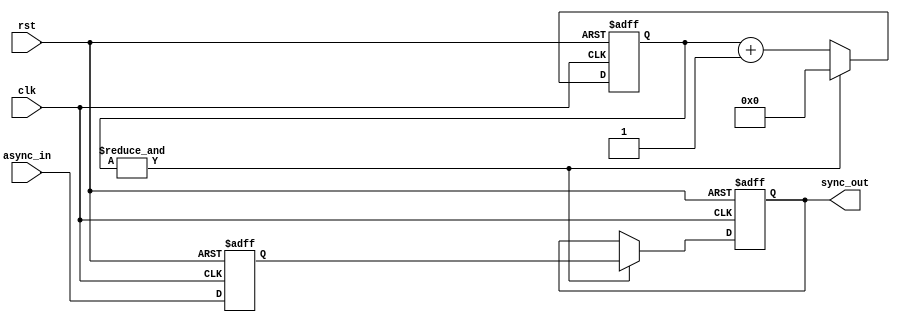
//Module to debounce the circuit for the  FPGA board
//`timescale 1ns/100ps
module debounce(input wire clk,rst, async_in, output reg sync_out);
  reg q_1;
  //15 bit counter
  reg [14:0] count;
  //Count_MAX will be high when count is at the max bit value
  //& sign ands the count bits together
  wire count_MAX = &count;
//always block for the async_in
always @ (posedge clk or posedge rst) begin
  if(rst)
    q_1 <= 1'b0;
  else
    q_1 <= async_in;
end
//always block for the sync_out
always @ (posedge clk or posedge rst) begin
  if(rst) begin
    sync_out <= 1'b0;
    count <= 1'b0;
  end
  else begin
    count <= count + 1'b1;
    if(count_MAX) begin
      sync_out <= q_1;
      count <= 1'b0;
    end
  end
end

endmodule